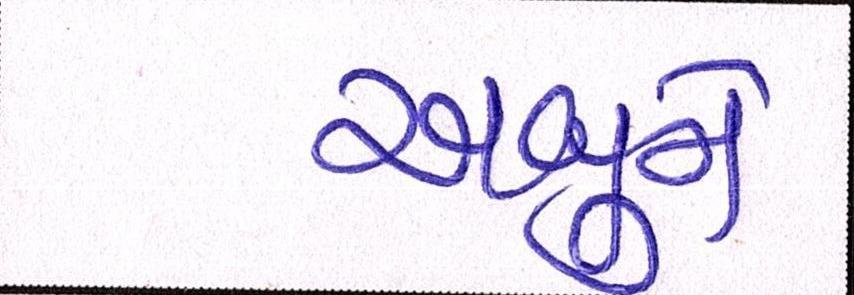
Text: અબુને